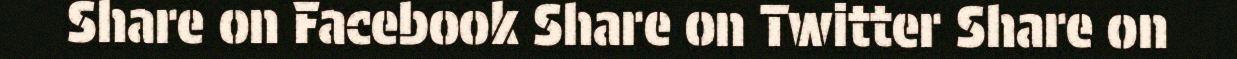
Share on Facebook Share on Twitter Share on